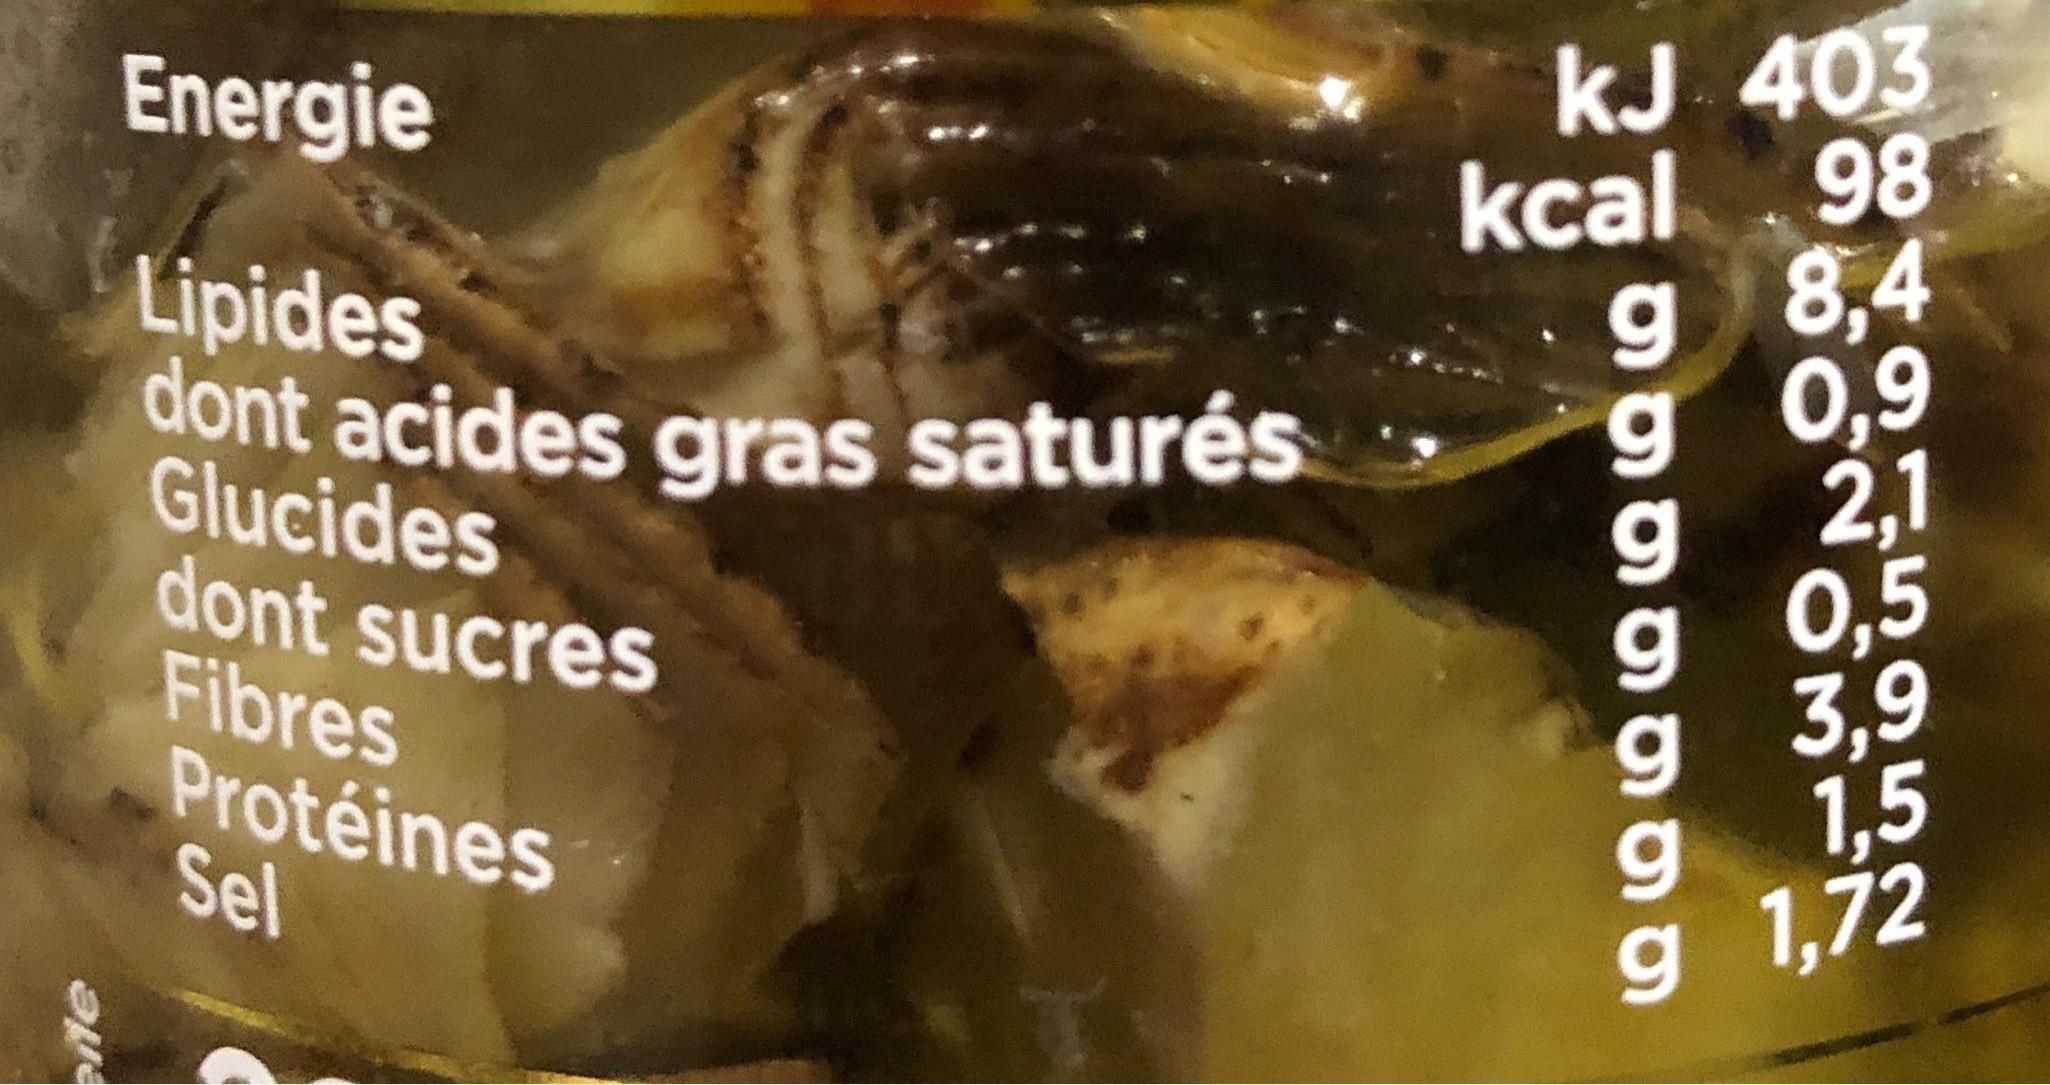
Energie
Lipides dont acides gras saturés Glucides dont sucres Fibres Protéines Sel
kJ 403 kcal 98 g 8,4 g 0,9 g 2,1 g 0,5 g 3,9 1,5 g 1,72